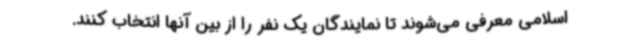
اسلامی معرفی می‌شوند تا نمایندگان یک نفر را از بین آنها انتخاب کنند.